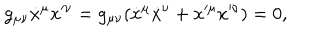
g _ { \mu \nu } \dot { x } ^ { \mu } x ^ { \nu } = g _ { \mu \nu } ( \dot { x } ^ { \mu } \dot { x } ^ { \nu } + x ^ { \mu } x ^ { \nu } ) = 0 ,